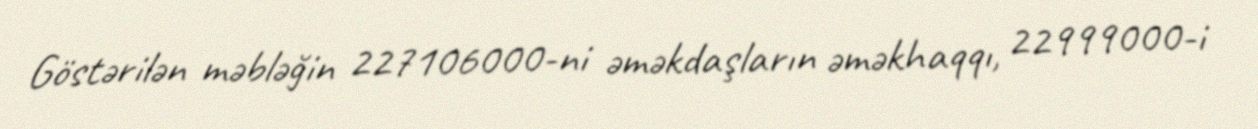
Göstərilən məbləğin 227106000-ni əməkdaşların əməkhaqqı, 22999000-i